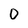
Character: 0